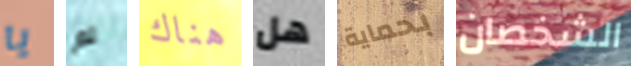
يا لم هناك هل بحماية الشخصان